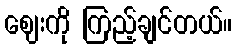
ဈေးကို ကြည့်ချင်တယ်။